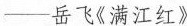
——岳飞《满江红》